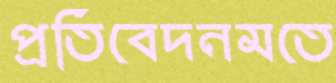
প্রতিবেদনমতে